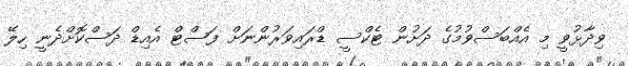
ވިދާޅުވީ މި އެއްބަސްވުމުގެ ދަށުން ޓެކްސީ ޑްރައިވަރުންނަށް ފަސްޓް އެއިޑް ދަސްކޮށްދެނީ ހިލޭ